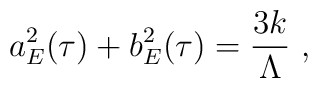
a_{E}^{2}(\tau) + b_{E}^{2}(\tau) = \frac{3k}{\Lambda} ~,